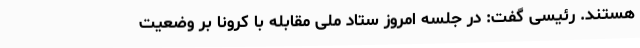
هستند. رئیسی گفت: در جلسه امروز ستاد ملی مقابله با کرونا بر وضعیت